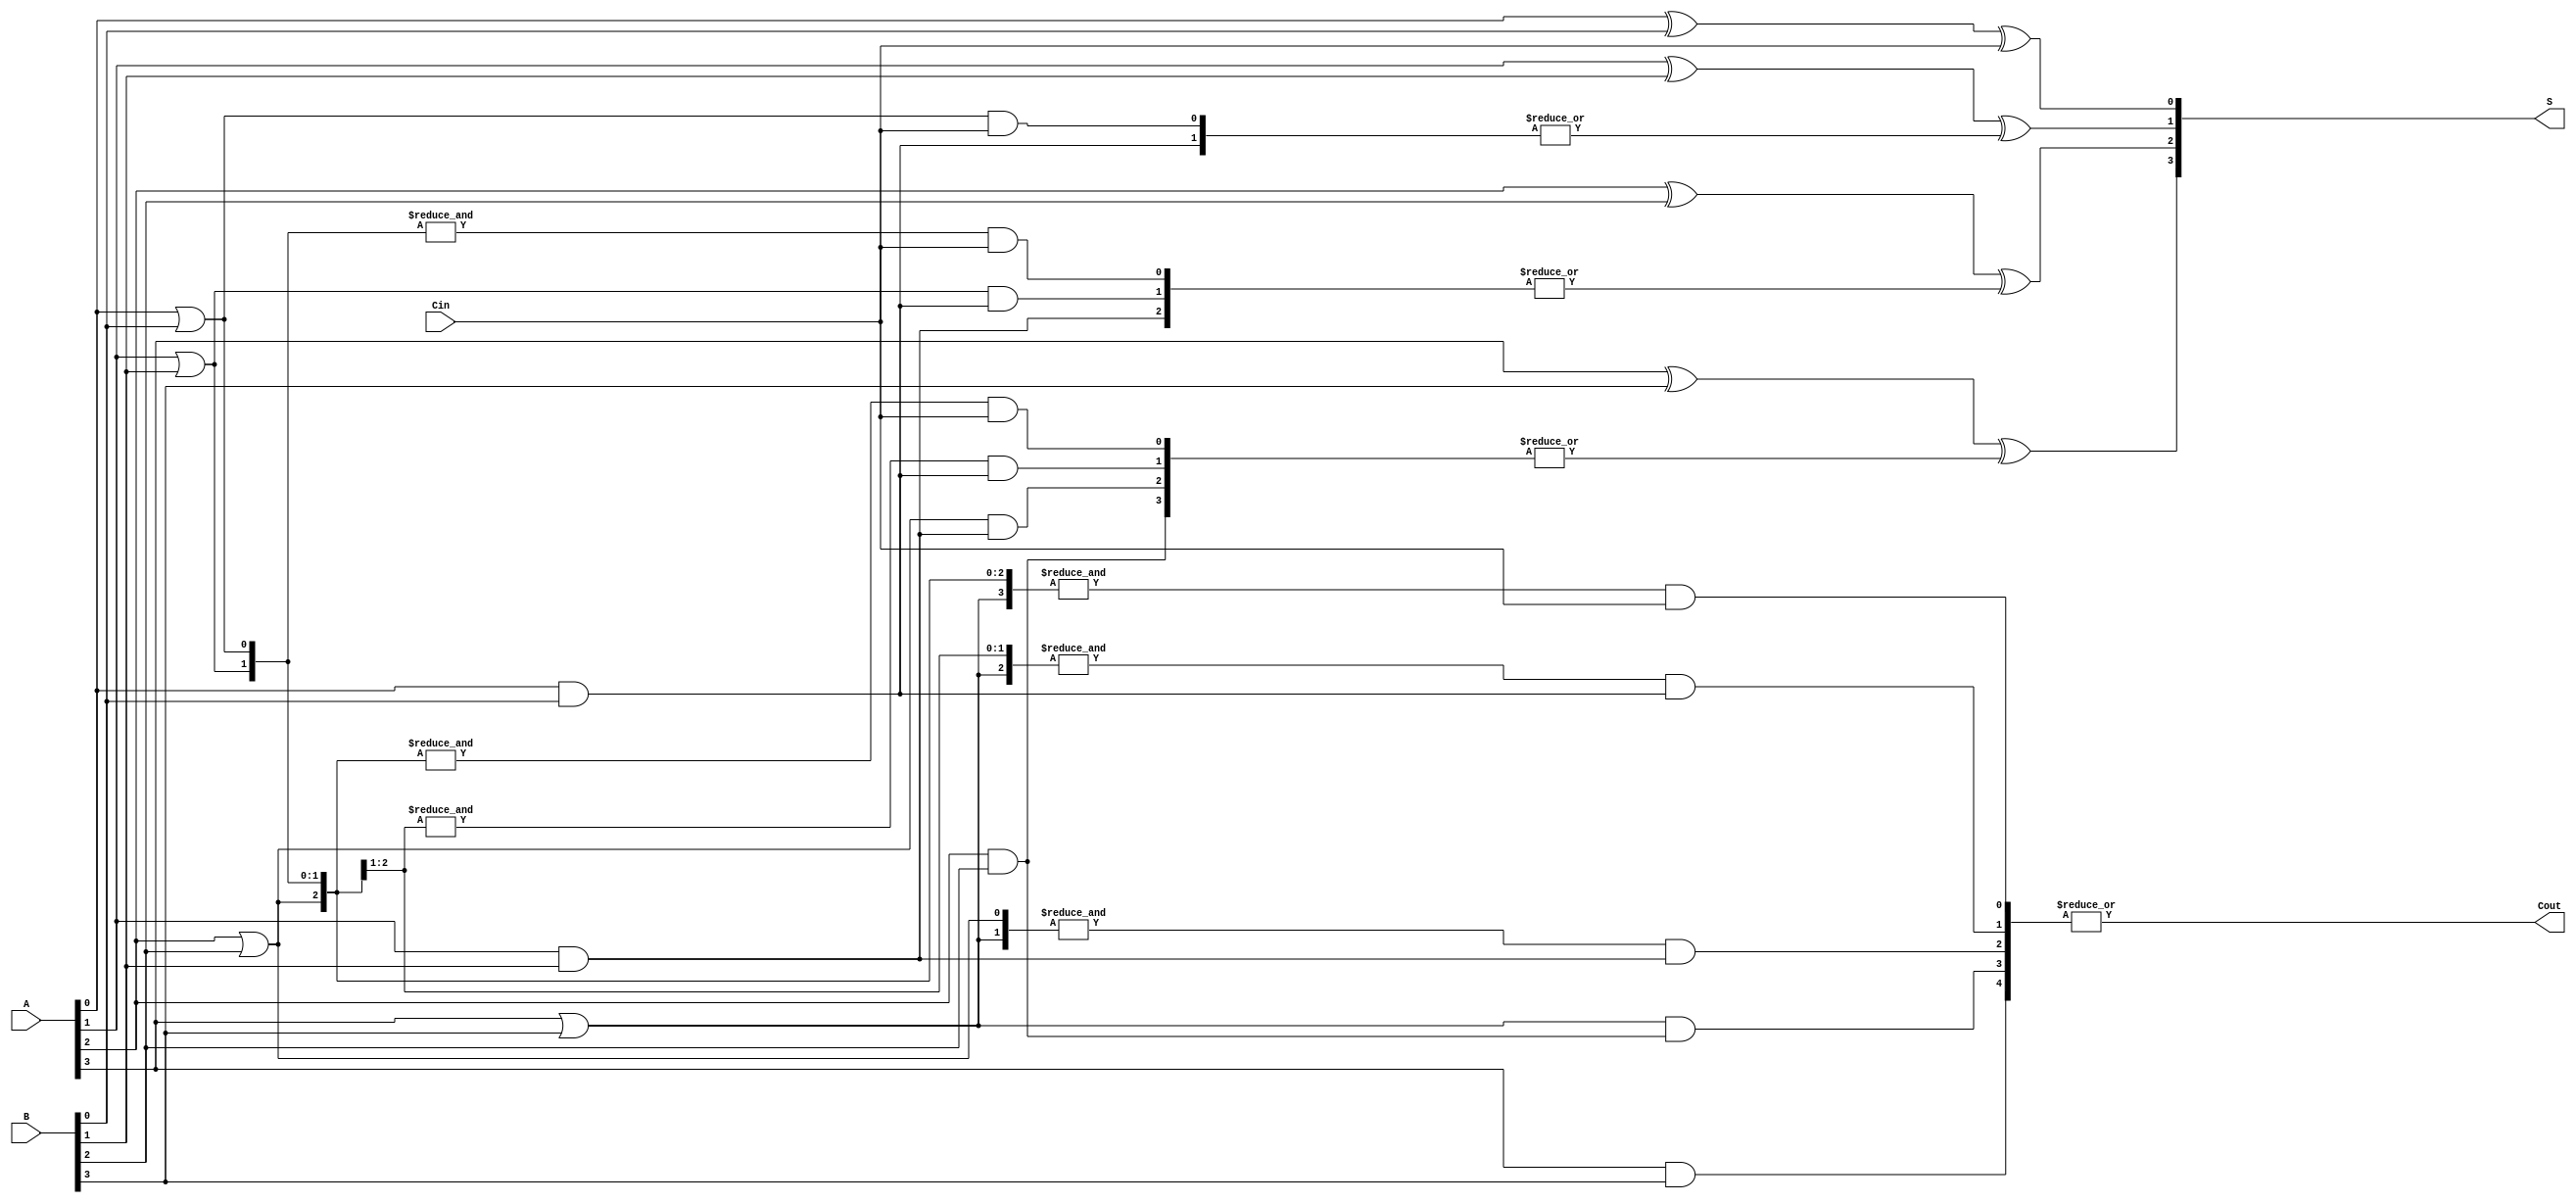
module CarryLookaheadAdder(Cin,A,B,S,Cout);
  parameter n = 4;
  input Cin;
  input [n-1:0] A, B;
  output Cout;
  output [n-1:0] S;
  wire [n:0] c, g;
  wire [n-1:0] p;
  assign g[0] = c[0];
  assign c[0] = Cin;
  assign Cout = c[n];
  genvar k;
  generate
    for(k=0; k<n; k=k+1)
    begin: pg
    and(g[k+1], A[k], B[k]);
    or(p[k], A[k], B[k]);
    end
  endgenerate
  genvar i;
  generate
    for(i=1; i<= n; i=i+1)
    begin: Stages
    wire [i:0]w;
    assign c[i] = |w;
    assign w[i] = g[i];
    genvar j;
    for(j=0; j<i; j=j+1)
    begin: Carry_in_Stage
      assign w[j] = (&p[i-1:j])&g[j];
    end
    end
  endgenerate
  genvar r;
  generate
    for(r=0; r<n; r=r+1)
    begin: sum
    assign S[r] = A[r] ^ B[r] ^ c[r];
    end
  endgenerate
endmodule